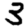
Digit: 3